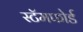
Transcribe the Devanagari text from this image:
स्टॅमफोर्ड